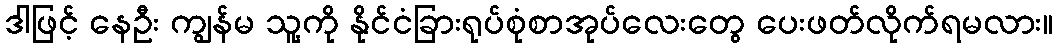
ဒါဖြင့် နေဦး ကျွန်မ သူ့ကို နိုင်ငံခြားရုပ်စုံစာအုပ်လေးတွေ ပေးဖတ်လိုက်ရမလား။